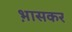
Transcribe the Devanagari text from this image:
भ़ासकर